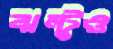
ঝন্টুও